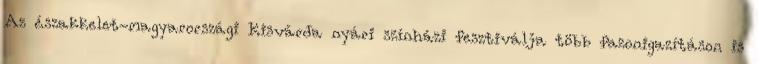
Az északkelet-magyarországi Kisvárda nyári színházi fesztiválja több fazonigazításon is